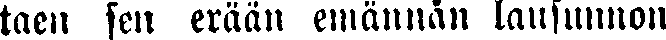
taen sen erään emännän lausunnon